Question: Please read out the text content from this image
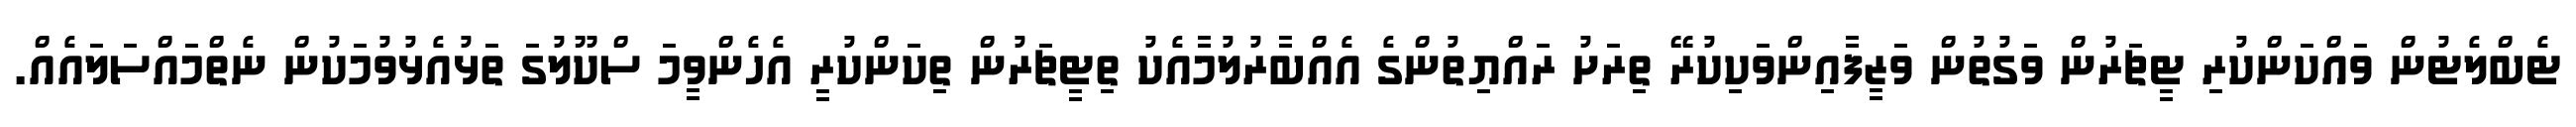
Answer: ޓެބްލެޓުން ވައްކަންކުރި ޓީޗަރުން ވަގުތުން ވަޒީފާއިންވަކިކުރޭ ތިރަށު ރައްޔިތުންގެ އެއްބާރުލުމާއެކު ތިޓީޗަރުން ތިކަންކުރީ އެހެންވީމަ ސްކޫލުގަ ތަޅުއެޅުވުމަކުން ނެތްމައްސަލައެއް.